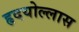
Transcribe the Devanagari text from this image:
हृदयोल्लास